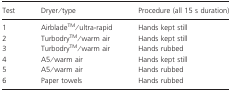
<table><thead><tr><td><b>Test</b></td><td><b>Dryer/type</b></td><td><b>Procedure (all 15 s duration)</b></td></tr></thead><tbody><tr><td>1</td><td>AirbladeTM/ultra-rapid</td><td>Hands kept still</td></tr><tr><td>2</td><td>TurbodryTM/warm air</td><td>Hands kept still</td></tr><tr><td>3</td><td>TurbodryTM/warm air</td><td>Hands rubbed</td></tr><tr><td>4</td><td>A5/warm air</td><td>Hands kept still</td></tr><tr><td>5</td><td>A5/warm air</td><td>Hands rubbed</td></tr><tr><td>6</td><td>Paper towels</td><td>Hands rubbed</td></tr></tbody></table>